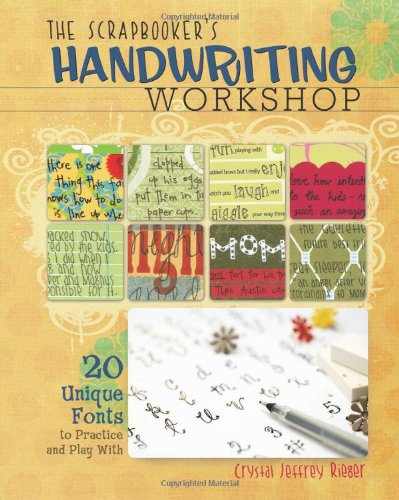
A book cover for The Scrapbooker's Handwriting Workshop: 20 Unique Fonts to Practice and Play With; Crystal Jeffrey Rieger; Crafts, Hobbies & Home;